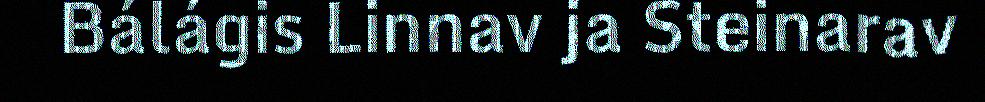
Bálágis Linnav ja Steinarav